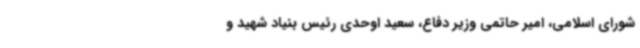
شورای اسلامی، امیر حاتمی وزیر دفاع، سعید اوحدی رئیس بنیاد شهید و